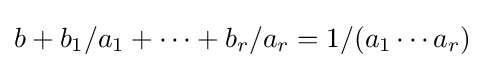
b+b_{1}/a_{1}+\cdots +b_{r}/a_{r}=1/(a_{1}\cdots a_{r})